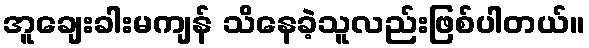
အူချေးခါးမကျန် သိနေခဲ့သူလည်းဖြစ်ပါတယ်။